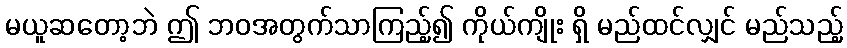
မယူဆတော့ဘဲ ဤ ဘဝအတွက်သာကြည့်၍ ကိုယ်ကျိုး ရှိ မည်ထင်လျှင် မည်သည့်